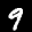
Label: 9